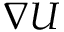
\nabla U